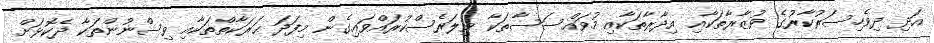
އަދި ދިވެހިސަރުކާރުގެ ވުޒާރާތަކާއި އިދާރާތަކާއި މުވައްސަސާތަކާ ވިލަރެސްކުރައްވައިގެން މިފަދަ ޙަރަކާތްތަކާއި ވިސްނުންތަކާ ދެކޮޅަށް